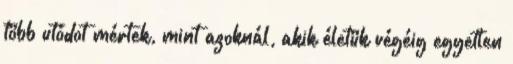
több utódot mértek, mint azoknál, akik életük végéig egyetlen